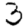
Digit: 3